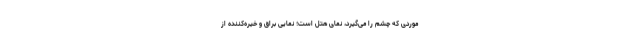
موردی که چشم را می‌گیرد، نمای هتل است؛ نمایی براق و خیره‌کننده از